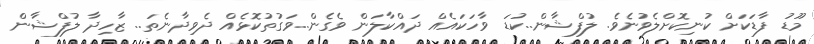
މޫޑު ފާޑަކަށް ކުނިކޮށްލެވުނެވެ. ލުފްޝާން..ކުޑަ ވާހަކައެއް ދައްކާލަން ވެގެން..ވަގުތުކޮޅެއް ދެވިދާނެތަ.. ޒާހިދާ ލުފްޝާން